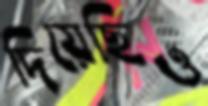
দিয়েছিও